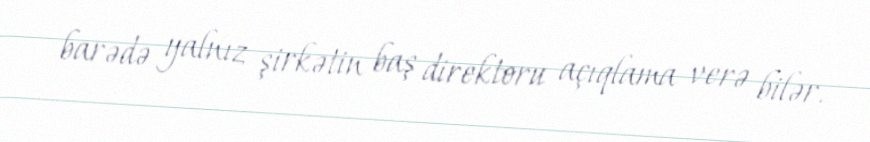
barədə yalnız şirkətin baş direktoru açıqlama verə bilər.